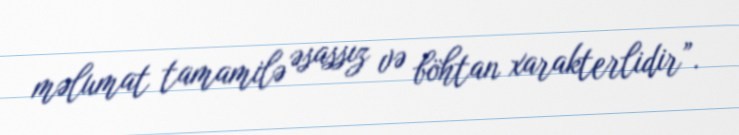
məlumat tamamilə əsassız və böhtan xarakterlidir”.